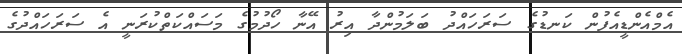
އެމްއެންޑީއެފުން ކަނޑުގެ ސަރަހައްދު ބަލަމުންދާ އިރު އޭނާ ހޯދުމުގެ މަސައްކަތްކުރަނީ އެ ސަރަހައްދުގެ